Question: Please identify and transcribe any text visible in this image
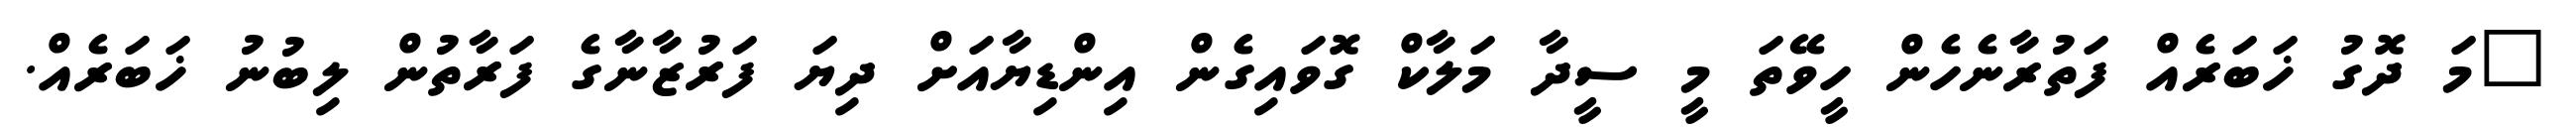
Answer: "މަ ދޮގު ޚަބަރެއް ފަތުރާނެހެން ހީވޭތަ މީ ސީދާ މަލާކް ގޮވައިގެން އިންޑިޔާއަށް ދިޔަ ފަރުޒާނާގެ ފަރާތުން ލިބުނު ޚަބަރެއް.